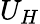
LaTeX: U_{H}